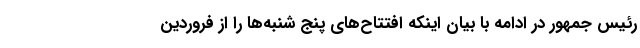
رئیس جمهور در ادامه با بیان اینکه افتتاح‌های پنج شنبه‌ها را از فروردین